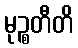
မုဉ္စတီတိ